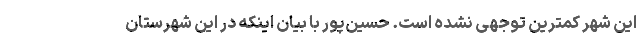
این شهر کمترین توجهی نشده است. حسین‌پور با بیان اینکه در این شهرستان